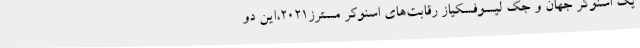
یک اسنوکر جهان و جک لیسوفسکیاز رقابت‌های اسنوکر مسترز2021،این دو